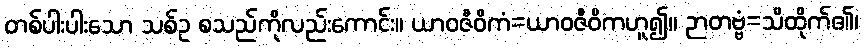
တစ်ပါးပါးသော သစ်ဥ စသည်ကိုလည်းကောင်း။ ယာဝဇီဝိကံ=ယာဝဇီဝိကဟူ၍။ ဉာတဗ္ဗံ=သိထိုက်၏၊